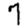
Digit: 7